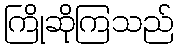
ကြိုဆိုကြသည်